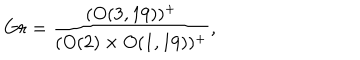
G r = \frac { ( O ( 3 , 1 9 ) ) ^ { + } } { ( O ( 2 ) \times O ( 1 , 1 9 ) ) ^ { + } } ,